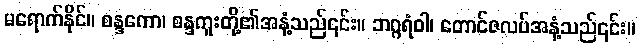
မရောက်နိုင်။ စန္ဒကော၊ စန္ဒကူးတို့၏အနံ့သည်၎င်း။ ဘဂ္ဂရံဝါ၊ တောင်ဇလပ်အနံ့သည်၎င်း။